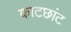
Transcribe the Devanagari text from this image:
काटछांट